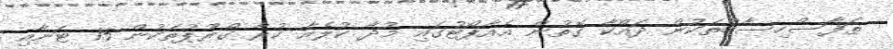
ތަފާސްހިސާބުތަކުން ދައްކާ ގޮތުން އެއާޕޯޓުގައި މުދާ ކުލެއާ ކުރާ ގްރޫޕުތަކުން 15 ޓަނާއި